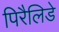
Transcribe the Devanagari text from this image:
पिरैलिडे